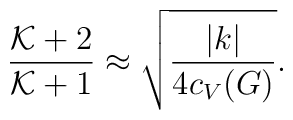
{{\cal K}+2\over{\cal K}+1}\approx \sqrt{|k|\over4c_V(G)}.